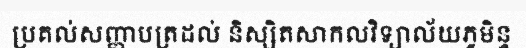
ប្រគល់សញ្ញាបត្រដល់ និស្សិតសាកលវិទ្យាល័យភូមិន្ទ